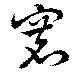
褰